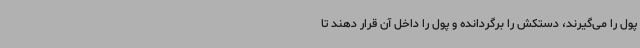
پول را می‌گیرند، دستکش را برگردانده و پول را داخل آن قرار دهند تا